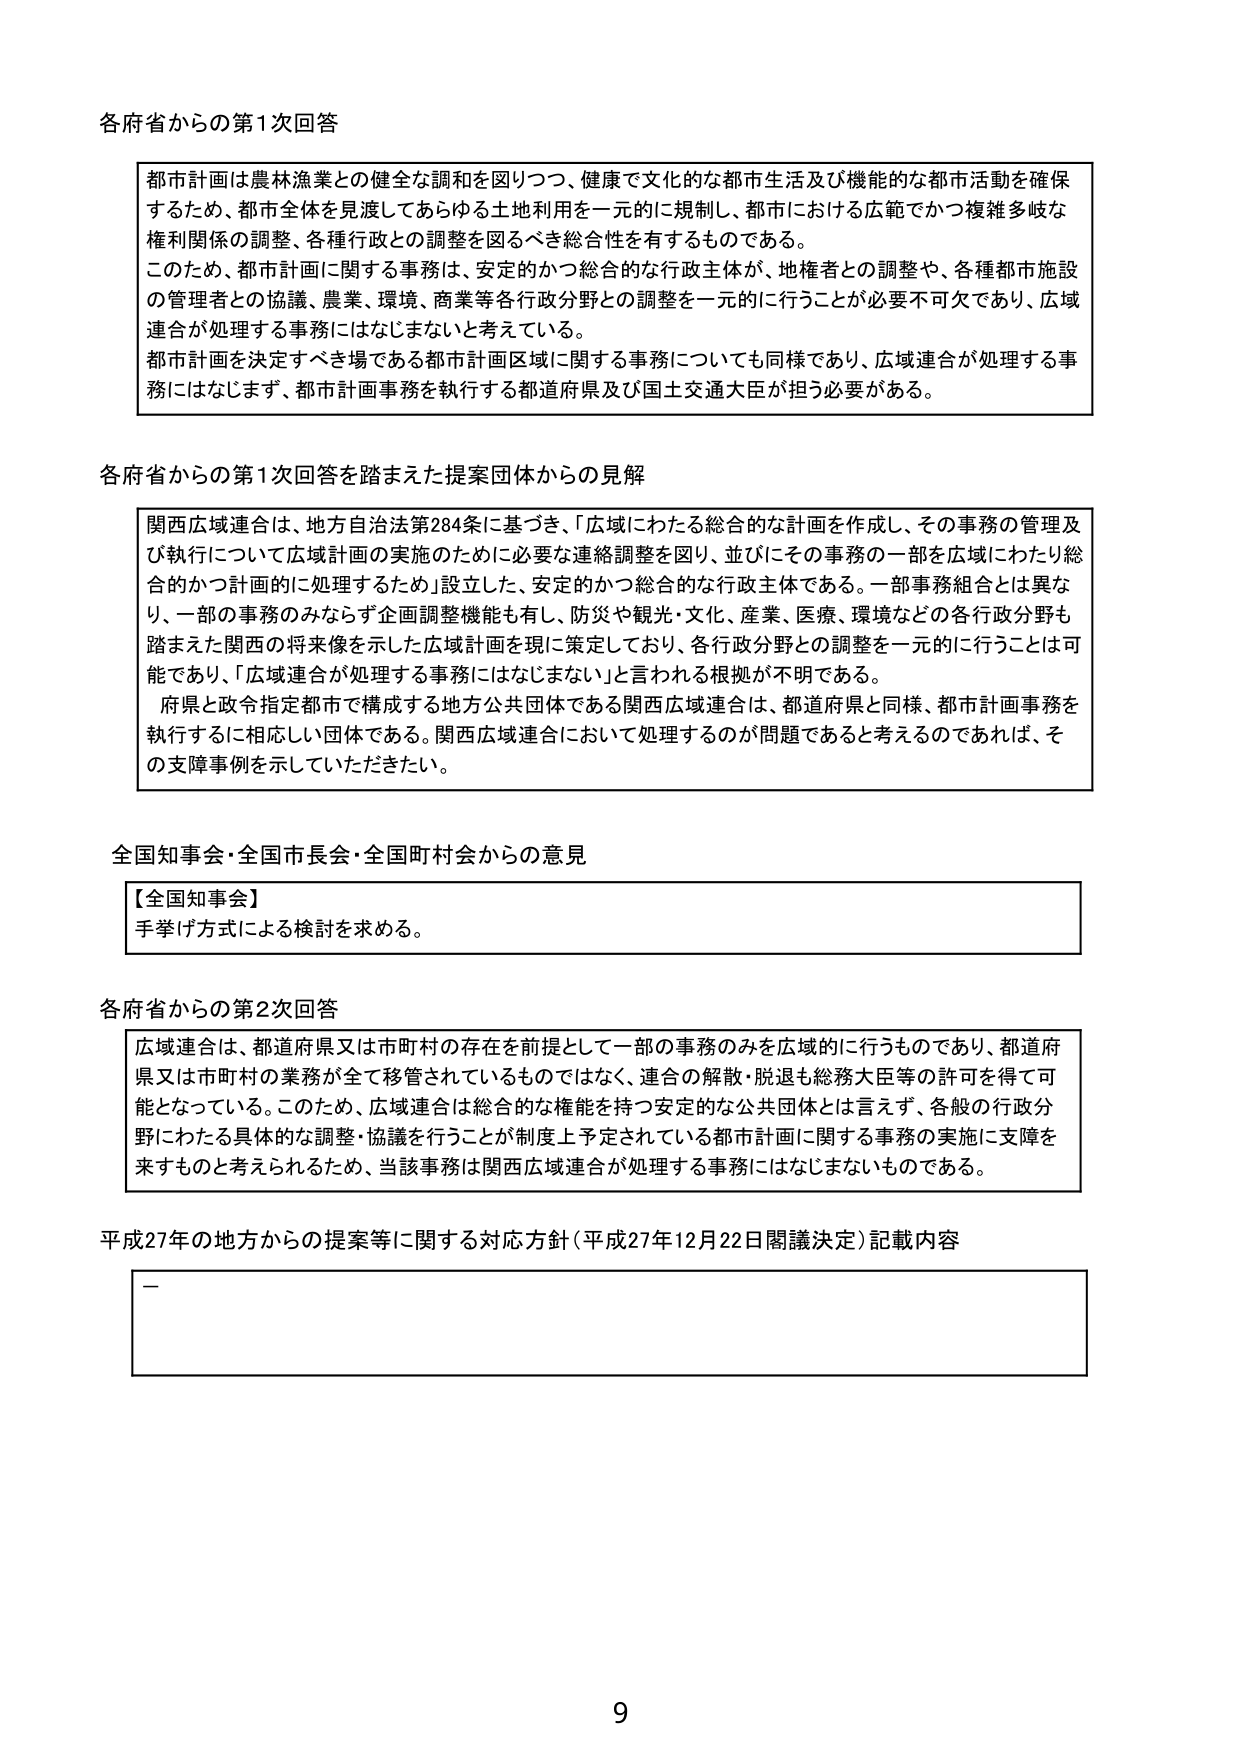
各府省からの第1次回答

都市計画は農林漁業との健全な調和を図りつつ、健康で文化的な都市生活及び機能的な都市活動を確保するため、都市全体を見渡してあらゆる土地利用を一元的に規制し、都市における広範でかつ複雑多岐な権利関係の調整、各種行政との調整を図るべき総合性を有するものである。
このため、都市計画に関する事務は、安定的かつ総合的な行政主体が、地権者との調整や、各種都市施設の管理者との協議、農業、環境、商業等各行政分野との調整を一元的に行うことが必要不可欠であり、広域連合が処理する事務にはなじまないと考えている。
都市計画を決定すべき場である都市計画区域に関する事務についても同様であり、広域連合が処理する事務にはなじまず、都市計画事務を執行する都道府県及び国土交通大臣が担う必要がある。

各府省からの第1次回答を踏まえた提案団体からの見解

関西広域連合は、地方自治法284条に基づき、「広域にわたる総合的な計画を作成し、その事務の管理及び執行について広域計画の実施のために必要な連絡調整を図り、並びにその事務の一部を広域にわたり総合的かつ計画的に処理するため」設立した、安定的かつ総合的な行政主体である。一部事務組合とは異なり、一部の事務のみならず企画調整機能も有し、防災や観光・文化、産業、医療、環境などの各行政分野も踏まえた関西の将来像を示した広域計画を現に策定しており、各行政分野との調整を一元的に行うことは可能であり、「広域連合が処理する事務にはなじまない」と言われる根拠が不明である。
府県と政令指定都市で構成する地方公共団体である関西広域連合は、都道府県と同様、都市計画事務を執行するに相応しい団体である。関西広域連合において処理するのが問題であると考えるのであれば、その支障事例を示していただきたい。

全国知事会・全国市長会・全国町村会からの意見

【全国知事会】
手挙げ方式による検討を求める。

各府省からの第2次回答

広域連合は、都道府県又は市町村の存在を前提として一部の事務のみを広域的に行うものであり、都道府県又は市町村の業務が全て移管されているものではなく、連合の解散・脱退も総務大臣等の許可を得て可能となっている。このため、広域連合は総合的な権能を持つ安定的な公共団体とは言えず、各般の行政分野にわたる具体的な調整・協議を行うことが制度上予定されている都市計画に関する事務の実施に支障を来すものと考えられるため、当該事務は関西広域連合が処理する事務にはなじまないものである。

平成27年の地方からの提案等に関する対応方針（平成27年12月22日閣議決定）記載内容

—

9